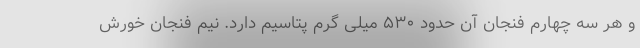
و هر سه چهارم فنجان آن حدود ۵۳۰ میلی گرم پتاسیم دارد. نیم فنجان خورش